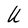
Character: U